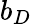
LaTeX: b_{D}